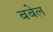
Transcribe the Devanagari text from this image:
बबेल